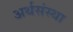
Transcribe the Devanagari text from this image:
अर्थसंस्था